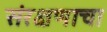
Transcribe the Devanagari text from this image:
संरक्षणाचा